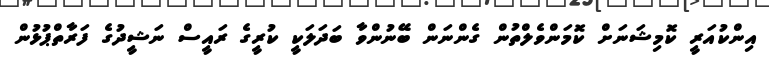
އިންކުއަރީ ކޮމިޝަނަށް ކޮމަންވެލްތުން ގެންނަން ބޭނުންވާ ބަދަލަކީ ކުރީގެ ރައީސް ނަޝީދުގެ ފަރާތްޕުޅުން